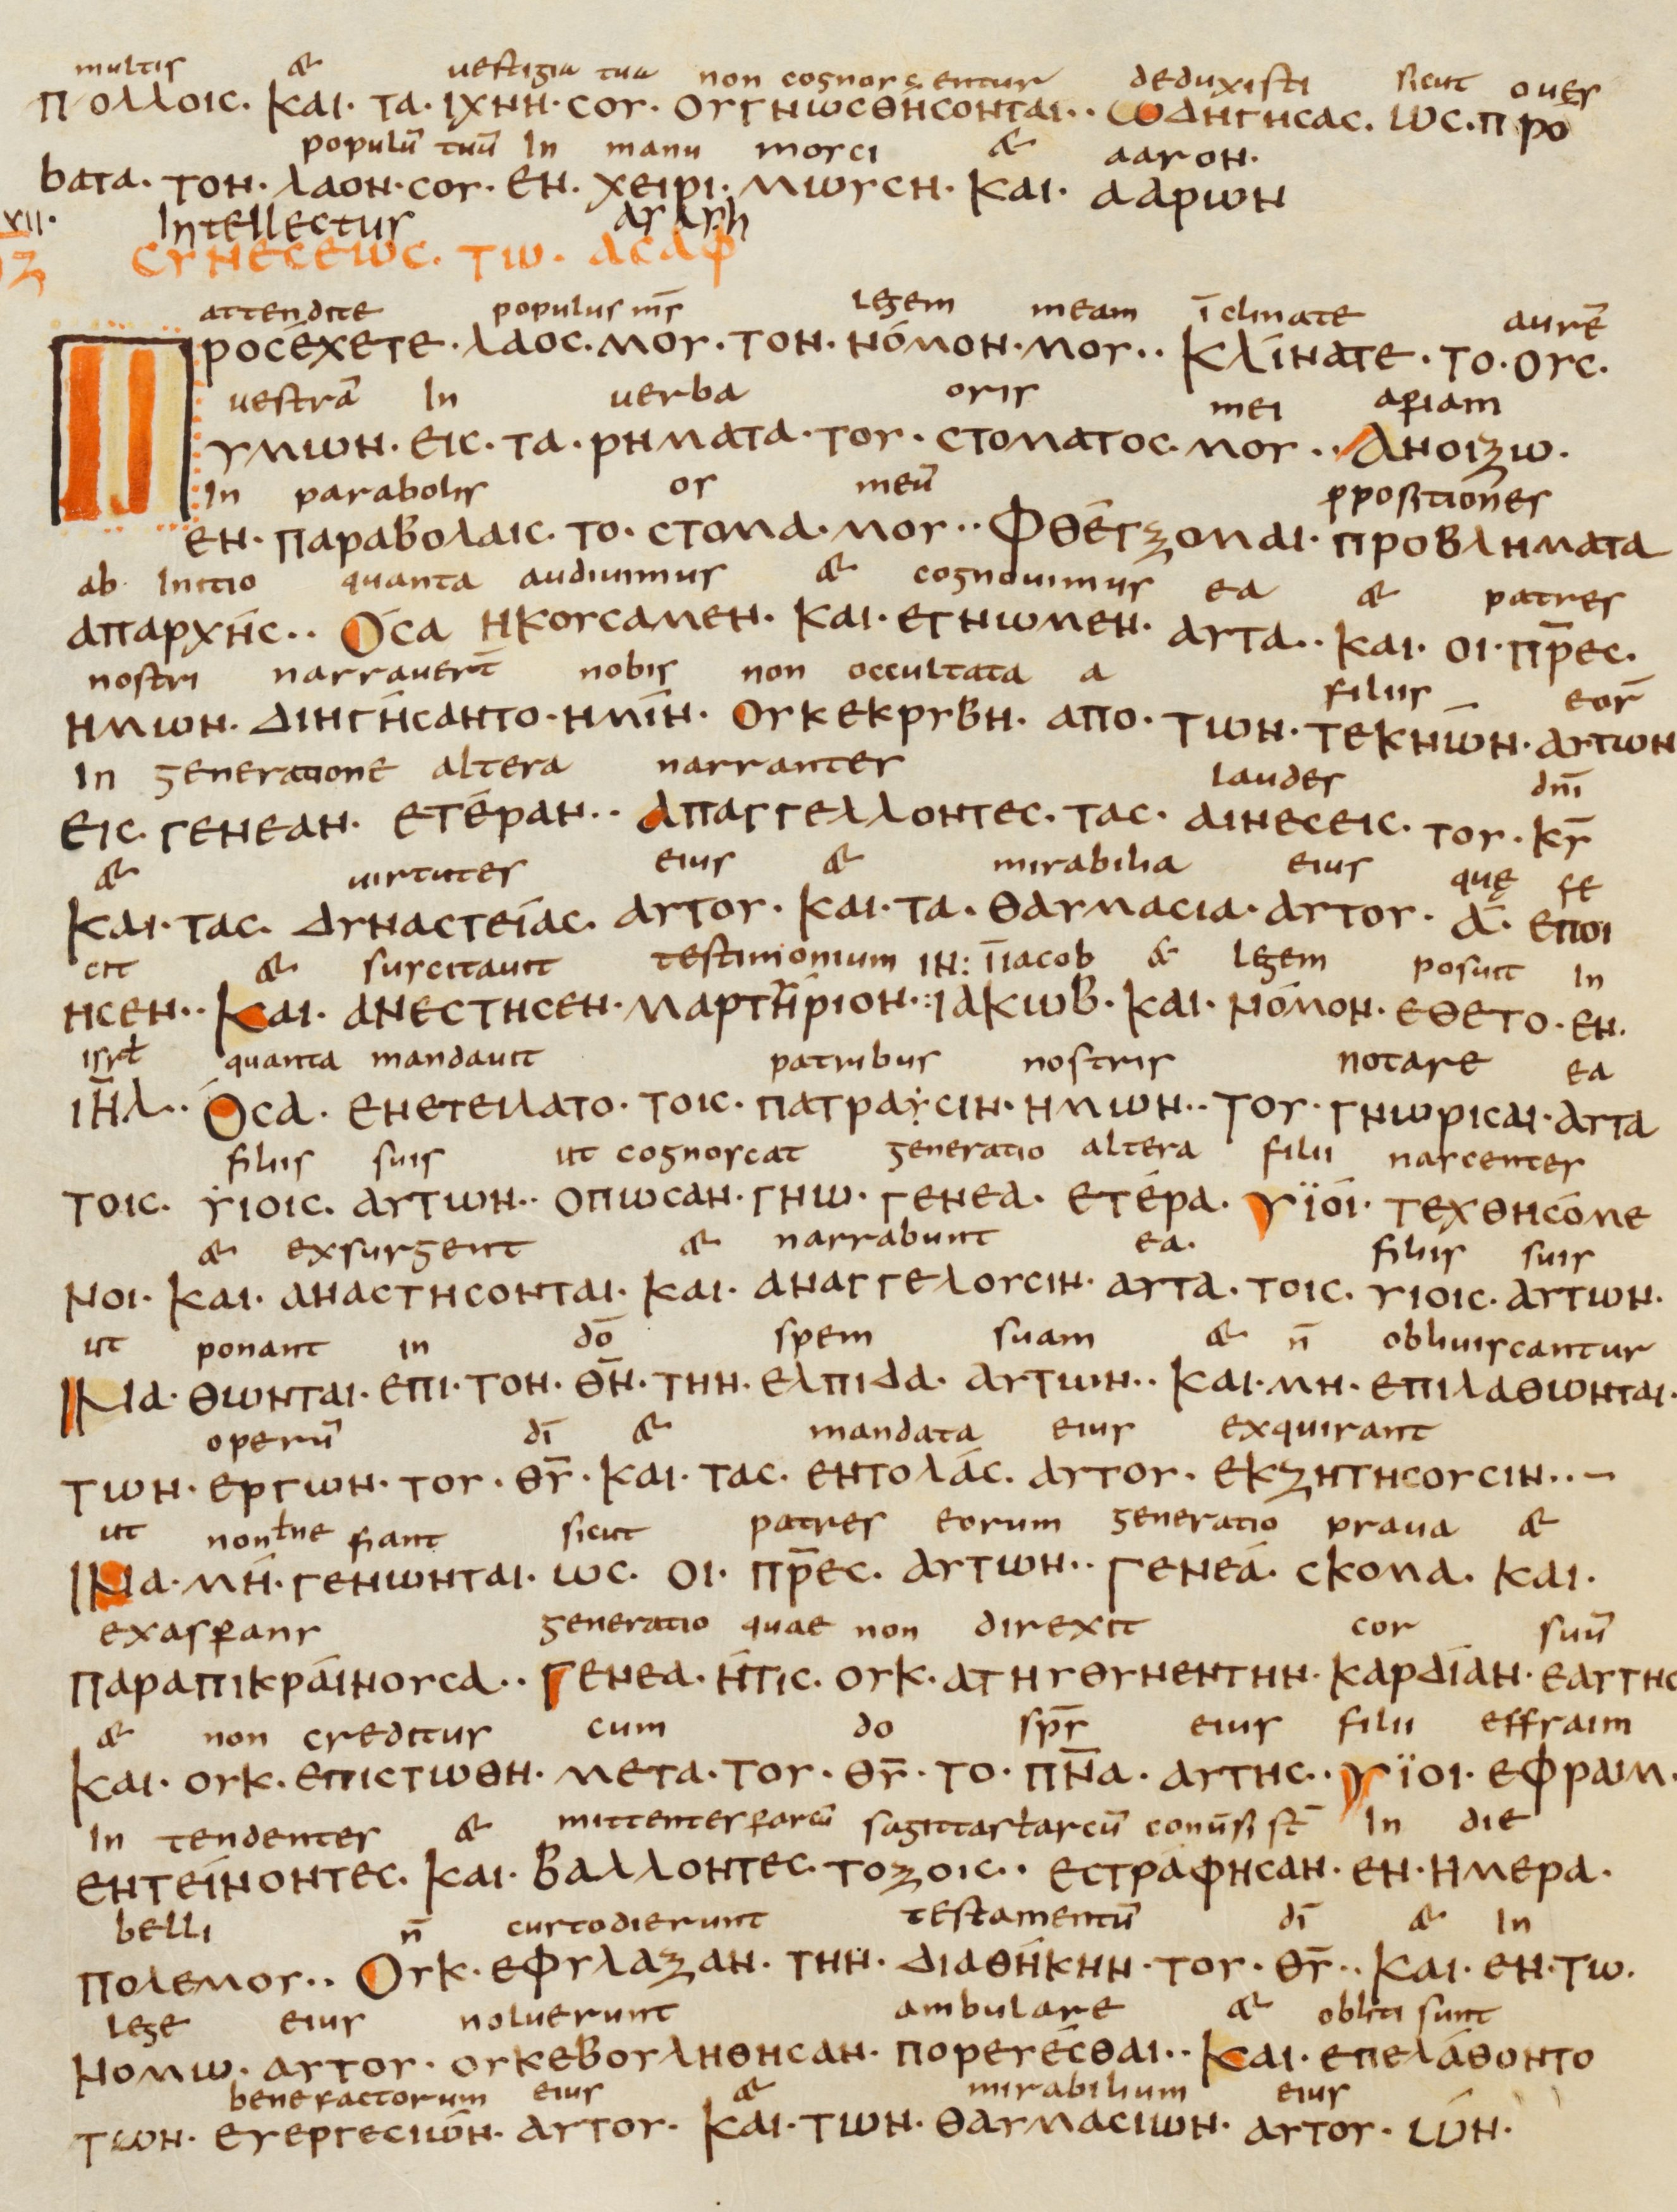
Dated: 833–899